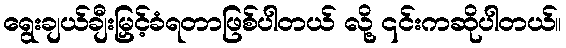
ရွေးချယ်ချီးမြှင့်ခံရတာဖြစ်ပါတယ် လို့ ၎င်းကဆိုပါတယ်။